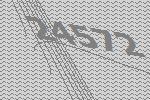
24572